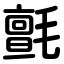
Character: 氈